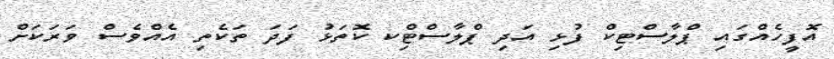
އޮފީހެއްގައި ޕްލާސްޓިކް ފުޅި އަދި ޕްލާސްޓިްކ ކޮތަޅު ފަދަ ތަކެތި އެއްވެސް ވަރަކަށް